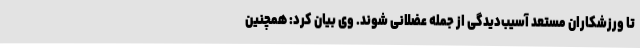
تا ورزشکاران مستعد آسیب‌دیدگی از جمله عضلانی شوند. وی بیان کرد: همچنین